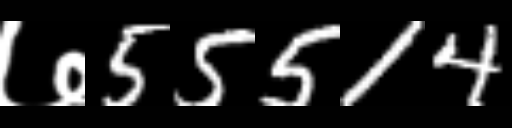
Text: ७55514